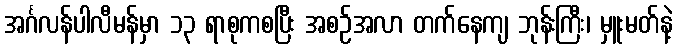
အင်္ဂလန်ပါလီမန်မှာ ၁၃ ရာစုကစပြီး အစဉ်အလာ တက်နေကျ ဘုန်းကြီး၊ မှူးမတ်နဲ့